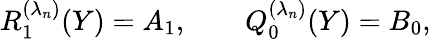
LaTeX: R_{1}^{(\lambda_{n})}(Y)=A_{1},\qquad Q_{0}^{(\lambda_{n})}(Y)=B_{0},